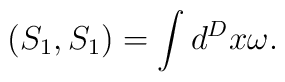
\left( S_1,S_1\right) =\int d^Dx\omega .